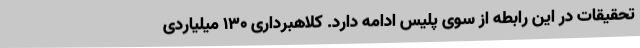
تحقیقات در این رابطه از سوی پلیس ادامه دارد. کلاهبرداری 130 میلیاردی